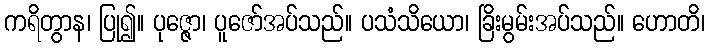
ကရိတွာန၊ ပြု၍။ ပုဇ္ဇော၊ ပူဇော်အပ်သည်။ ပသံသိယော၊ ခြိးမွမ်းအပ်သည်။ ဟောတိ၊